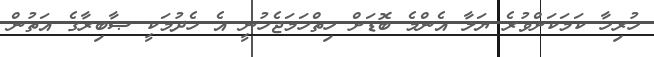
ހުރިހާ ކަމަކަށްވުރެ ޔަލާ އެންމެ ބޮޑަށް ހިތްހަމަޖެހުނީ އެ ހެދުމަކީ ޞާބިރާގެ އަތުން